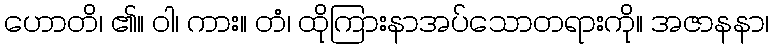
ဟောတိ၊ ၏။ ဝါ၊ ကား။ တံ၊ ထိုကြားနာအပ်သောတရားကို။ အဇာနနာ၊